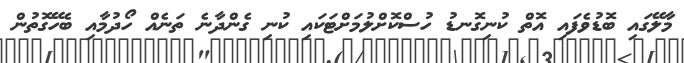
މާލޭގައި ބޮޑުވެފައި އޮތް ކުނިގޮނޑު ހުސްކޮށްލުމަށްޓަކައި ކުނި ގެންދާނެ ތަނެއް ހޯދުމާއި ބެހޭގޮތުން